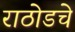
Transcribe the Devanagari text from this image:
राठोडचे